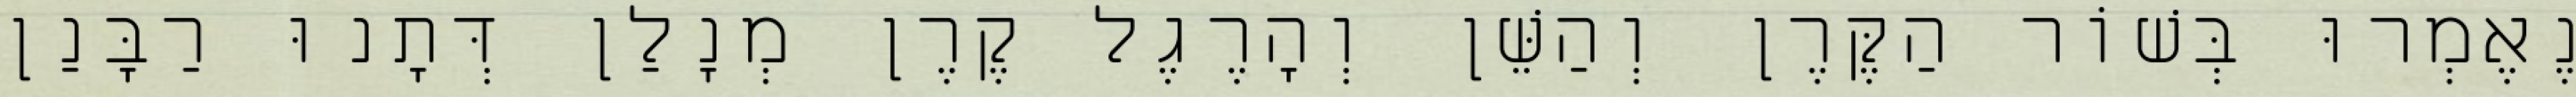
נֶאֶמְרוּ בְּשׁוֹר הַקֶּרֶן וְהַשֵּׁן וְהָרֶגֶל קֶרֶן מְנָלַן דְּתָנוּ רַבָּנַן